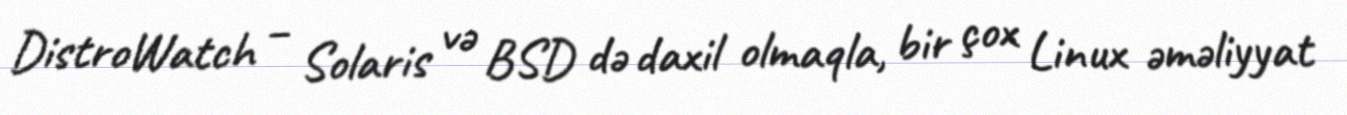
DistroWatch – Solaris və BSD də daxil olmaqla, bir çox Linux əməliyyat